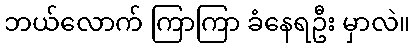
ဘယ်လောက် ကြာကြာ ခံနေရဦး မှာလဲ။